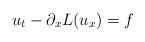
LaTeX: \begin{align*} u_t - \partial_x L(u_x) =f\end{align*}